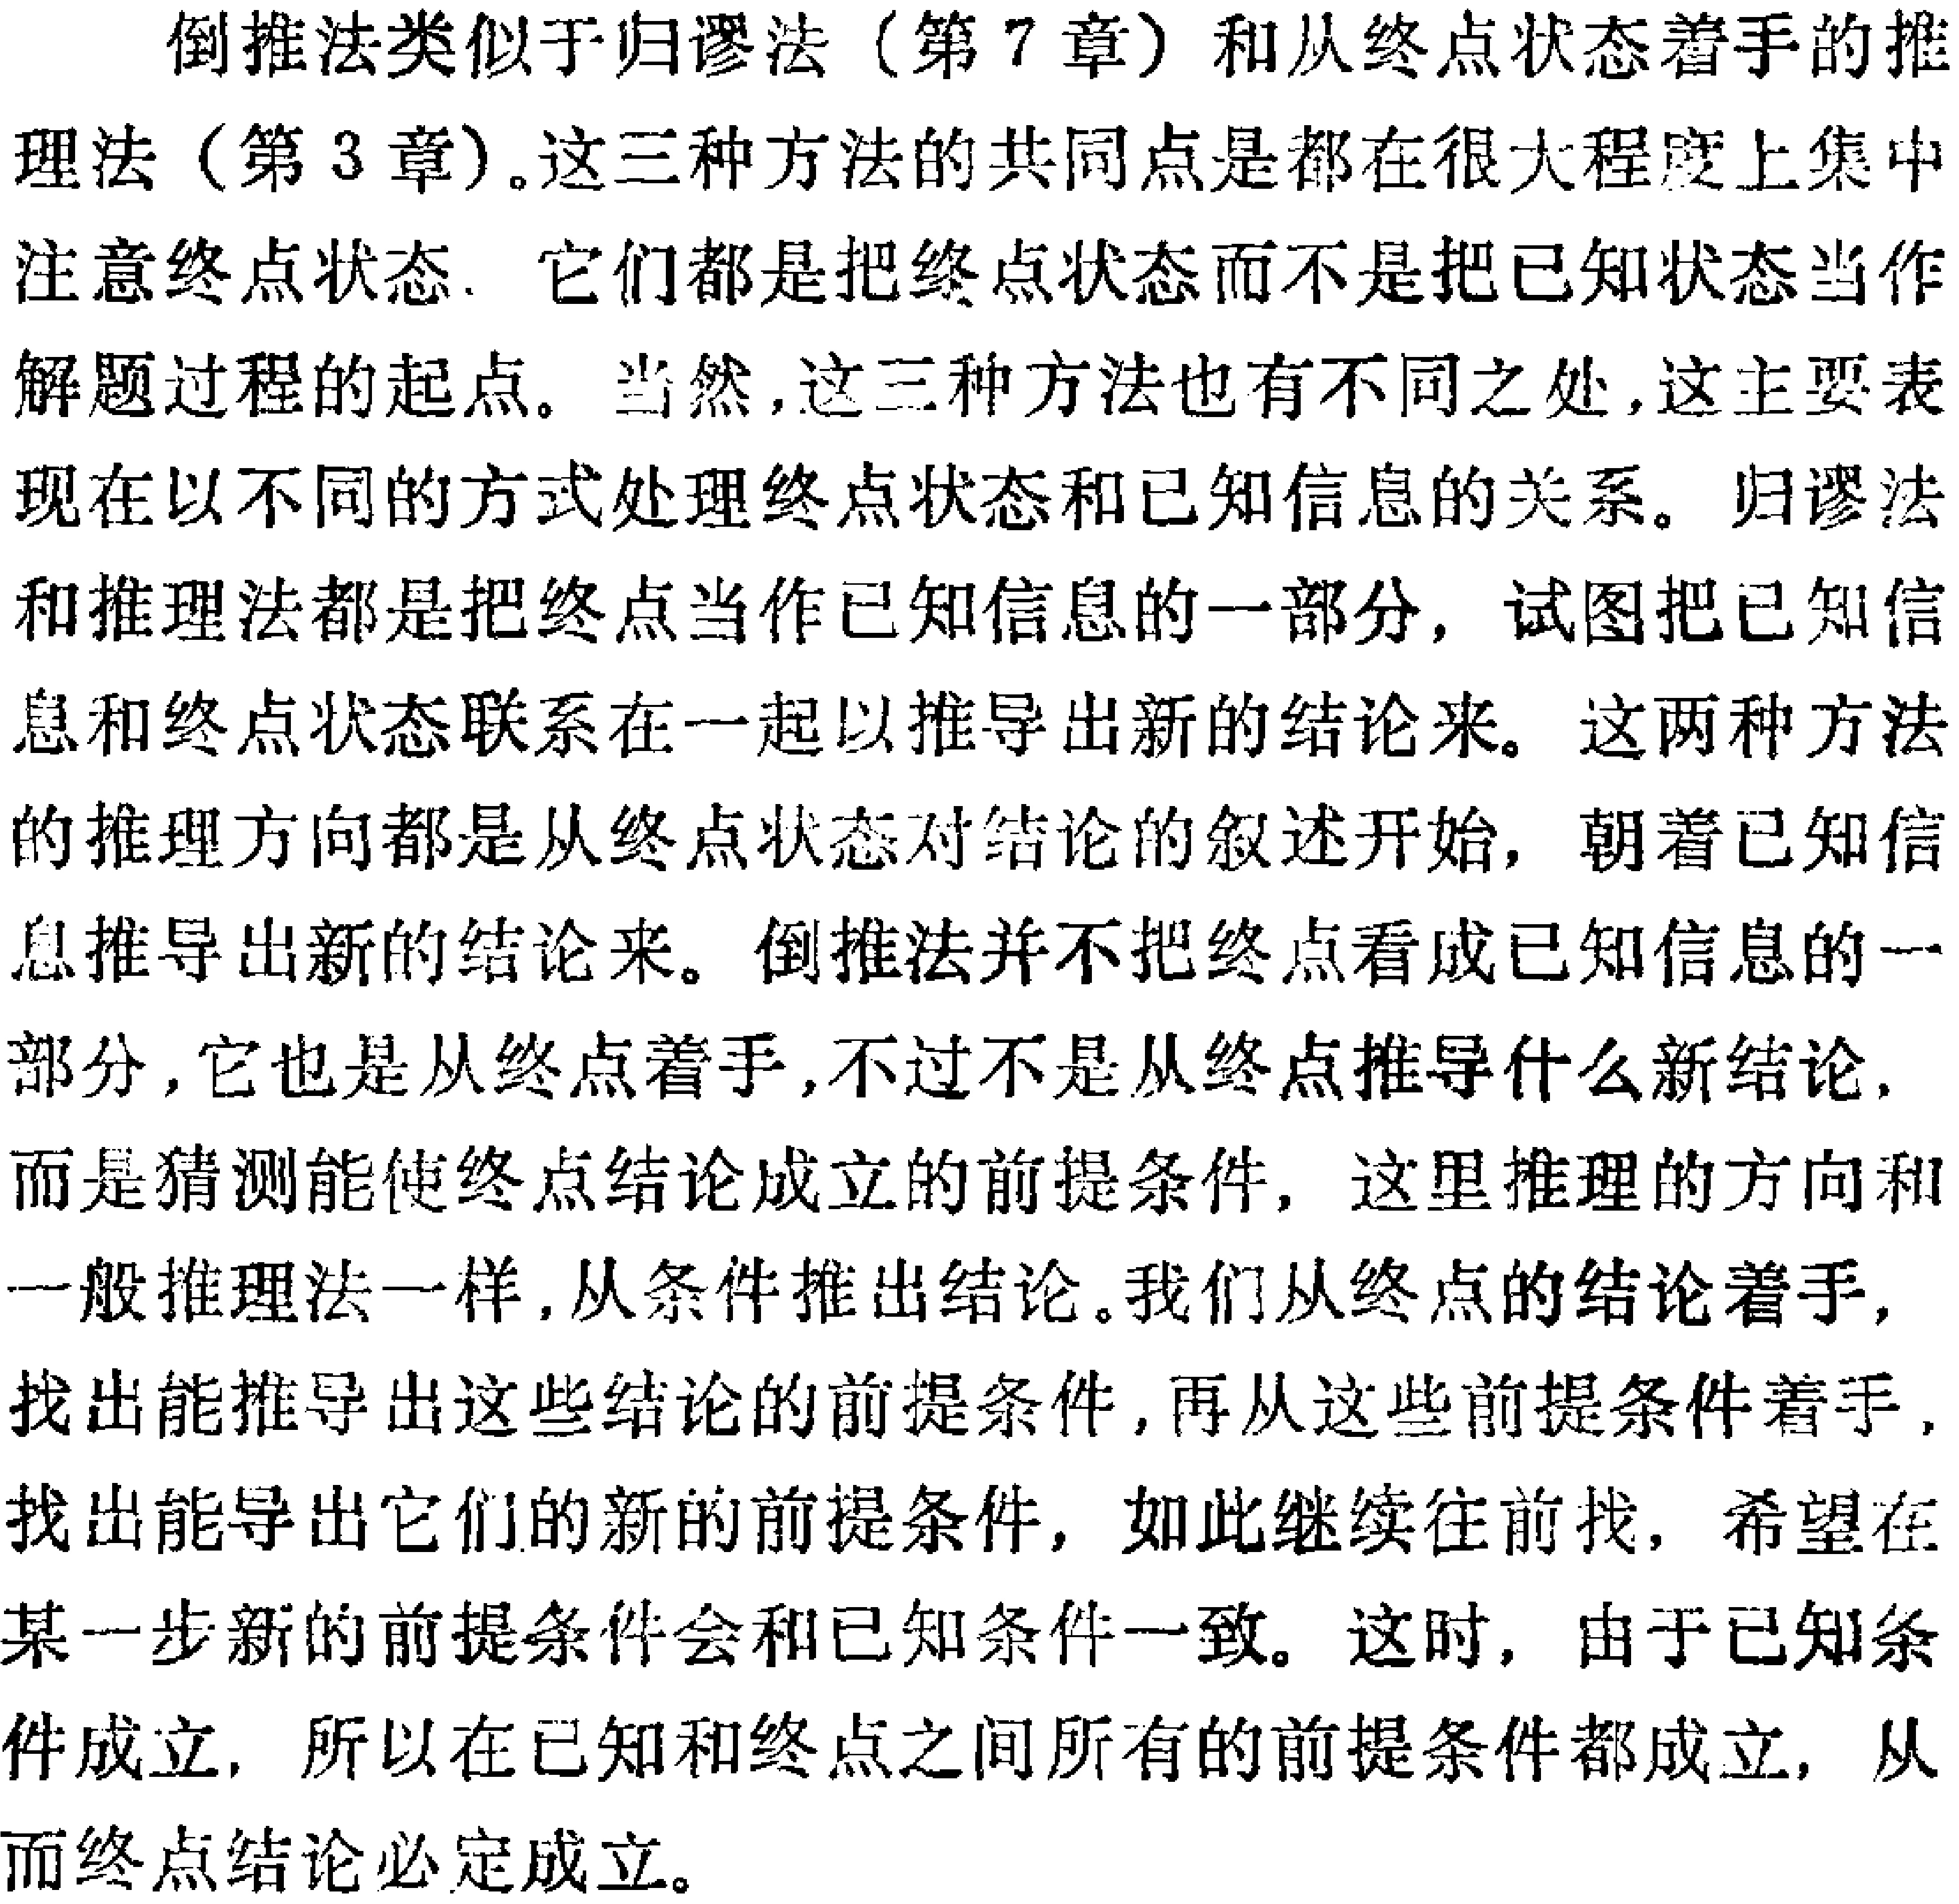
倒推法类似于归谬法（第7章）和从终点状态着手的推理法（第3章）。这三种方法的共同点是都在很大程度上集中注意终点状态. 它们都是把终点状态而不是把已知状态当作解题过程的起点。当然，这三种方法也有不同之处，这主要表现在以不同的方式处理终点状态和已知信息的关系。归谬法和推理法都是把终点当作已知信息的一部分，试图把已知信息和终点状态联系在一起以推导出新的结论来。这两种方法的推理方向都是从终点状态对结论的叙述开始，朝着已知信息推导出新的结论来。倒推法并不把终点看成已知信息的一部分，它也是从终点着手，不过不是从终点推导什么新结论，而是猜测能使终点结论成立的前提条件，这里推理的方向和一般推理法一样，从条件推出结论。我们从终点的结论着手，找出能推导出这些结论的前提条件，再从这些前提条件着手，找出能导出它们的新的前提条件，如此继续往前找，希望在某一步新的前提条件会和已知条件一致。这时，由于已知条件成立，所以在已知和终点之间所有的前提条件都成立，从而终点结论必定成立。